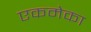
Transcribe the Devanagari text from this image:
एकमेका